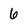
Character: 6